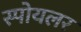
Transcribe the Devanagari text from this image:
स्पोयलर